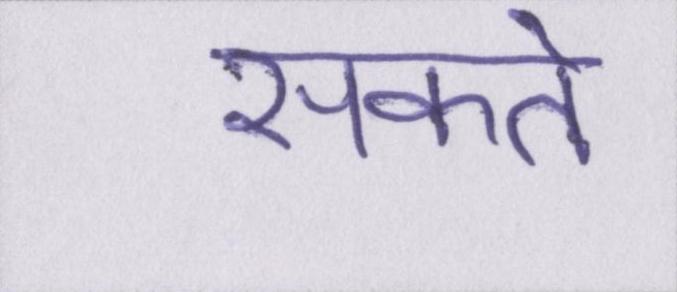
सकते